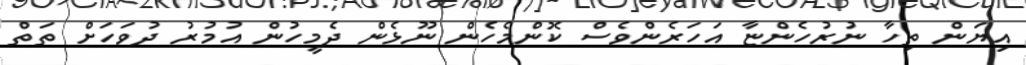
އިޔަން ތިހާ ނުރުހެންޏާ އަހަރެންވެސް ކޮންމެހެން ނޫޅެން ދެމީހުން އުމުރު ދުވަހަށް ތަތް